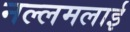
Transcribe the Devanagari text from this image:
नल्लमलाई